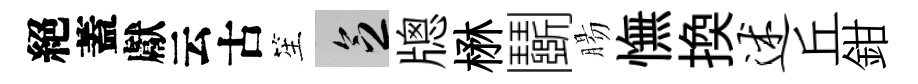
絕蓋獻云古笙乏牕楙鬬腸憮换述丘鉗